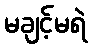
မချင့်မရဲ